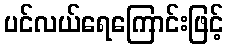
ပင်လယ်ရေကြောင်းဖြင့်